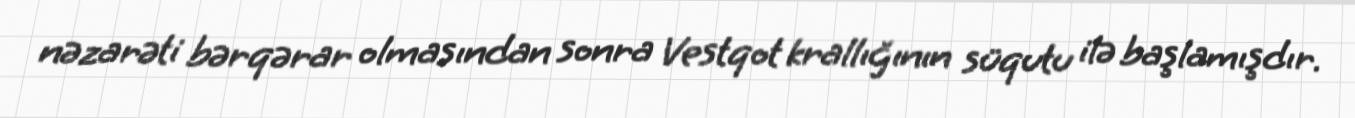
nəzarəti bərqərar olmasından sonra Vestqot krallığının süqutu ilə başlamışdır.